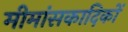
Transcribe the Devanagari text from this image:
मीमांसकादिकों